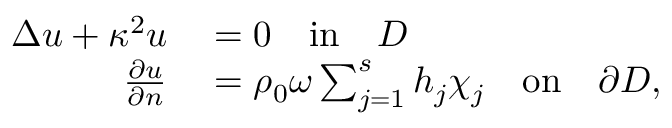
\begin{array} { r l } { \Delta u + \kappa ^ { 2 } u } & { { } = 0 \quad \mathrm { i n } \quad D } \\ { \frac { \partial u } { \partial n } } & { { } = \rho _ { 0 } \omega \sum _ { j = 1 } ^ { s } h _ { j } \chi _ { j } \quad \mathrm { o n } \quad \partial D , } \end{array}